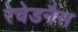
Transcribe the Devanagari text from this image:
रेचेडनैस